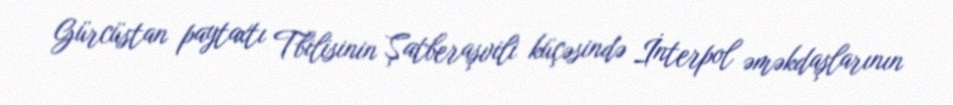
Gürcüstan paytaxtı Tbilisinin Şatberaşvili küçəsində İnterpol əməkdaşlarının